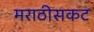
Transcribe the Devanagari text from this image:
मराठीसकट